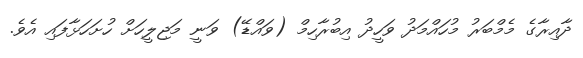
ދާއިރާގެ މެމްބަރު މުހައްމަދު ވަހީދު އިބުރާހިމް (ވައްޑޭ) ވަނީ މަޖިލީހަށް ހުށަހަޅާފައި އެވެ.